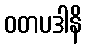
ဝတပဒါနိ